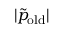
| \tilde { p } _ { \mathrm { o l d } } |